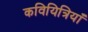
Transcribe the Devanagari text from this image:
कवियित्रियाँ